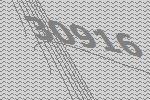
30916